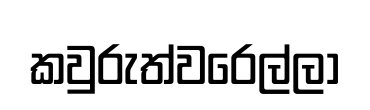
කවුරුත්වරෙල්ලා